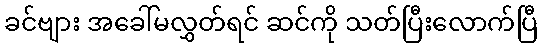
ခင်ဗျား အခေါ်မလွှတ်ရင် ဆင်ကို သတ်ပြီးလောက်ပြီ